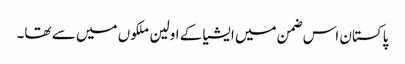
پاکستان اس ضمن میں ایشیا کے اولین ملکوں میں سے تھا۔